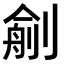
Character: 𠞼